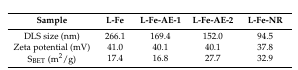
| Sample | L-Fe | L-Fe-AE-1 | L-Fe-AE-2 | L-Fe-NR |
 | --- | --- | --- | --- | --- |
 | DLS size (nm) | 266.1 | 169.4 | 152.0 | 94.5 |
 | Zeta potential (mV) | 41.0 | 40.1 | 40.1 | 37.8 |
 | SBET (m2/g) | 17.4 | 16.8 | 27.7 | 32.9 |